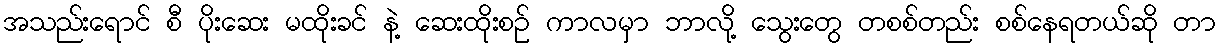
အသည်းရောင် စီ ပိုးဆေး မထိုးခင် နဲ့ ဆေးထိုးစဉ် ကာလမှာ ဘာလို့ သွေးတွေ တစစ်တည်း စစ်နေရတယ်ဆို တာ